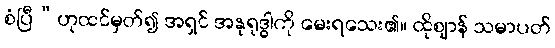
စံပြီ”ဟုထင်မှတ်၍ အရှင် အနုရုဒ္ဓါကို မေးရသေး၏။ ထိုဈာန် သမာပတ်